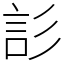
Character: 䚲